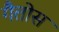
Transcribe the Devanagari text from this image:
गैतोस